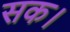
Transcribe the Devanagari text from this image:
सक।